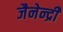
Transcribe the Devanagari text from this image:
जैनेन्द्री